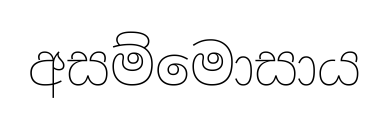
අසම්මොසාය